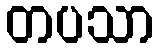
တပသာ